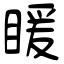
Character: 䁔